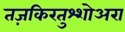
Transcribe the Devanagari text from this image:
तज़किरतुश्शोअरा